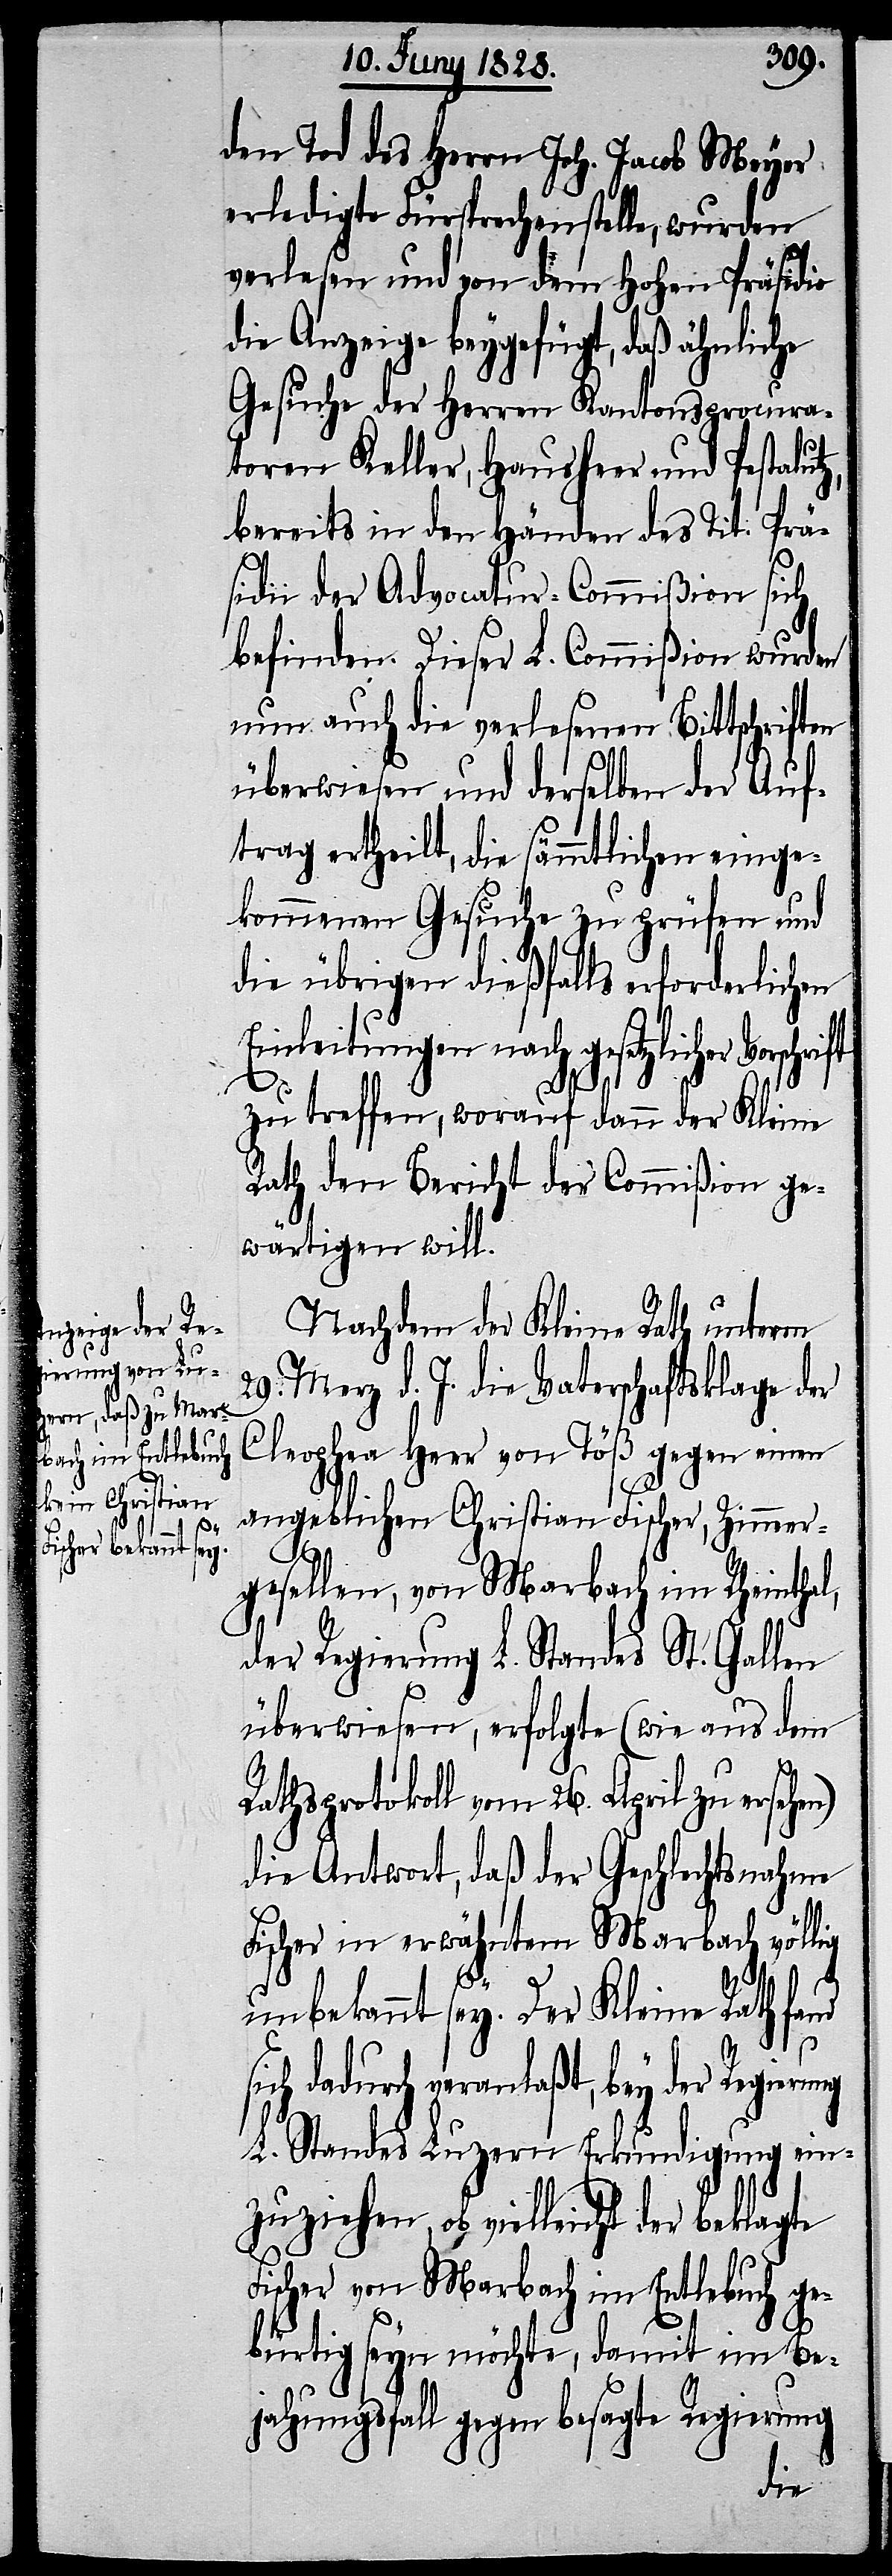
den Tod des Herrn Joh. Jacob Meyer
erledigte Fürsprechenstelle, wurden
verlesen und von dem Hohen Präsidio
die Anzeige beygefügt, daß ähnliche
Gesuche der Herren Kantonsprocura¬
toren Keller, Hausheer und Pestalutz,
bereits in den Händen des Tit: Prä¬
sidii der Advocatur-Commißion sich
befinden. Dieser L. Commißion wurden
nun auch die verlesenen Bittschriften
überwiesen und derselben der Auf¬
trag ertheilt, die sämmtlichen einge¬
kommenen Gesuche zu prüfen und
die übrigen dießfalls erforderlichen
Einleitungen nach gesetzlicher
zu treffen, worauf dann der Kleine
Rath den Bericht der Commißion ge¬
wärtigen will.
Nachdem der Kleine Rath unterm
29. Merz d. J. die Vaterschaftsklage der
Cleophea Heer von Töß gegen einen
angeblichen Christian Fischer, Zimmer¬
gesellen, von Marbach im Rheinthal,
der Regierung L. Standes St. Gallen
überwiesen, erfolgte (wie aus dem
Rathsprotokoll vom 26. April zu ersehen)
die Antwort, daß der Geschlechtsnahme
Fischer in erwähntem Marbach völlig
ng
unbekannt sey. Der Kleine Rath fand
ich dadurch veranlaßt, bey der Regieru¬
L. Standes Luzern Erkundigung einz¬
uziehen, ob vielleicht der beklagte
Fischer von Marbach im Entlebuch ge¬
bürtig seyn möchte, damit im Be¬
jahungsfall gegen besagte Regierung